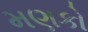
મણકો